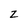
Character: z